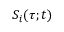
S _ { i } ( \tau ; t )